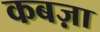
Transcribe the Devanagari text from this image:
कबज़ा